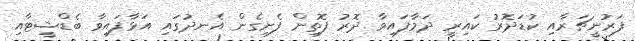
ފަރުނީޗަރާއި ކުޑަދޮރު ކައިރީ ދަމާފައިވާ ދޮރު ފޮތިން ފެށިގެން އެނދުގައި އަޅާފައިވާ ބެޑްޝީޓާއި